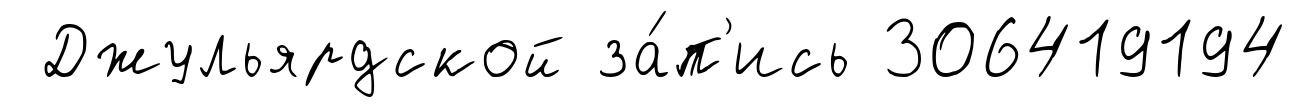
Джульярдской за́п'ись 306419194